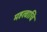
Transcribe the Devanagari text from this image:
महत्वाचि